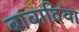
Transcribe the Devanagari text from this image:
बाबादिया